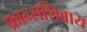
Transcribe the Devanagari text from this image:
फ्रान्सशिवाय